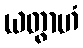
ယတွာဟံ